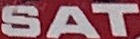
SAT